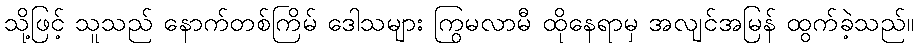
သို့ဖြင့် သူသည် နောက်တစ်ကြိမ် ဒေါသများ ကြွမလာမီ ထိုနေရာမှ အလျင်အမြန် ထွက်ခဲ့သည်။